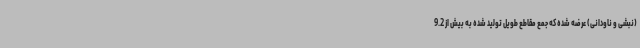
(نبشی و ناودانی) عرضه شده که جمع مقاطع طویل تولید شده به بیش از 9.2